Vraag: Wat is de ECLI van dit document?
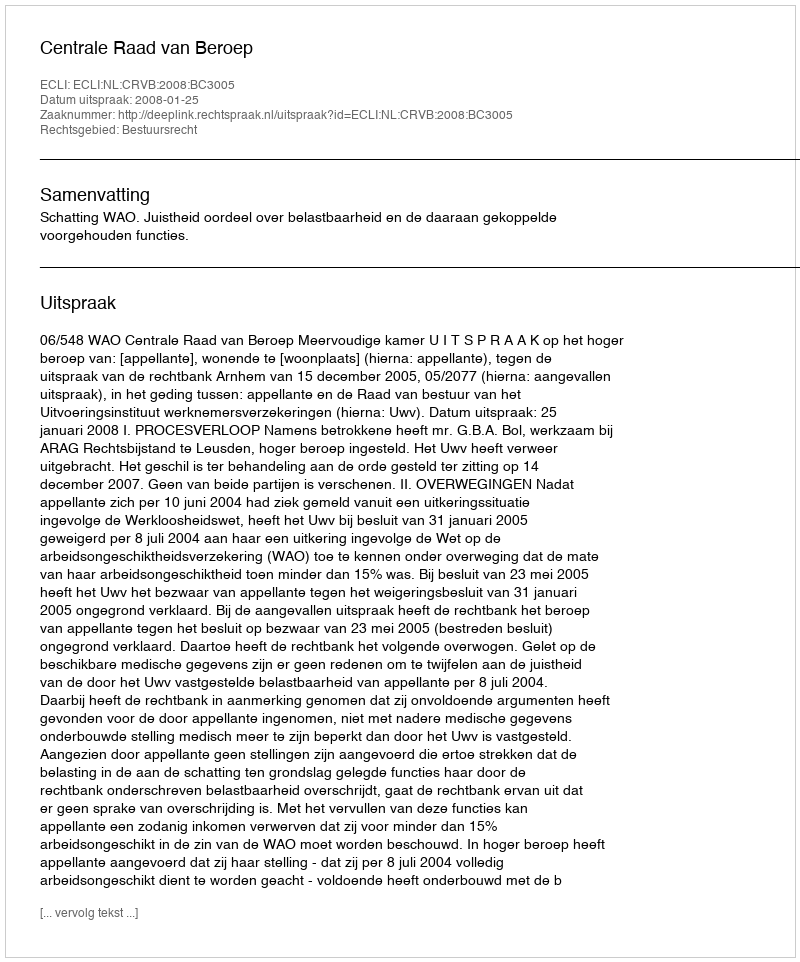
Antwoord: ECLI:NL:CRVB:2008:BC3005